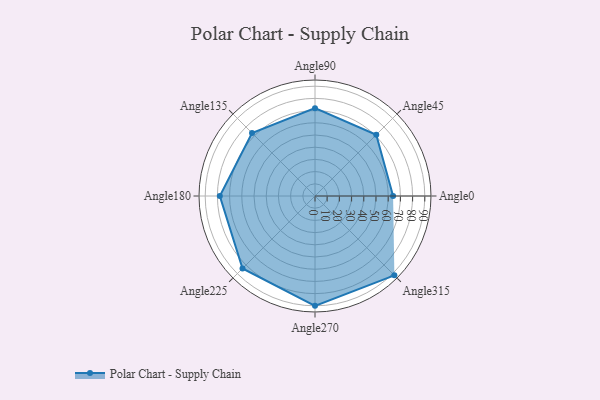
{"axis": {"x": "Angle", "y": "Radius"}, "legend": [""], "data": [{"x": "Angle0", "y": 64.0, "type": ""}, {"x": "Angle45", "y": 71.0, "type": ""}, {"x": "Angle90", "y": 72.0, "type": ""}, {"x": "Angle135", "y": 73.0, "type": ""}, {"x": "Angle180", "y": 78.0, "type": ""}, {"x": "Angle225", "y": 84.0, "type": ""}, {"x": "Angle270", "y": 90.0, "type": ""}, {"x": "Angle315", "y": 92.0, "type": ""}]}